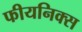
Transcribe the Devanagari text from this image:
फीयनिक्स